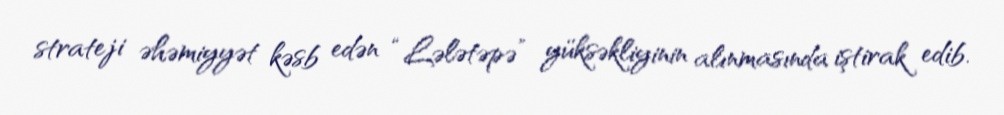
strateji əhəmiyyət kəsb edən “Lələtəpə” yüksəkliyinin alınmasında iştirak edib.